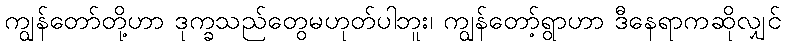
ကျွန်တော်တို့ဟာ ဒုက္ခသည်တွေမဟုတ်ပါဘူး၊ ကျွန်တော့်ရွာဟာ ဒီနေရာကဆိုလျှင်